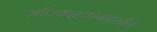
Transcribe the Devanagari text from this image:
अधिकाऱ्यांनादेखील